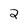
Character: 2